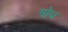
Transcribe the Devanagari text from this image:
गोध